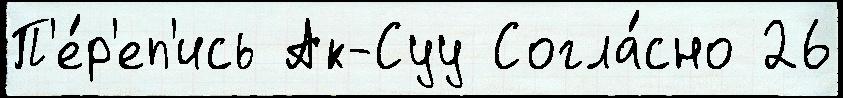
П'е́р'еп'ись Ак-Суу Согла́сно 26